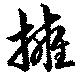
擁